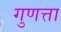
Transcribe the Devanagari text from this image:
गुणत्ता